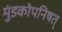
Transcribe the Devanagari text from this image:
मुंडकोपनिषत्